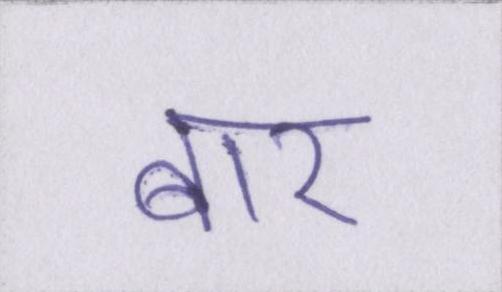
बार